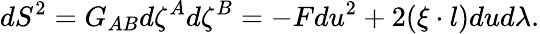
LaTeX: dS^{2}=G_{AB}d\zeta^{A}d\zeta^{B}=-Fdu^{2}+2(\xi\cdot l)dud\lambda.